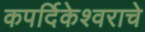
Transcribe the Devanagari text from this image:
कपर्दिकेश्वराचे